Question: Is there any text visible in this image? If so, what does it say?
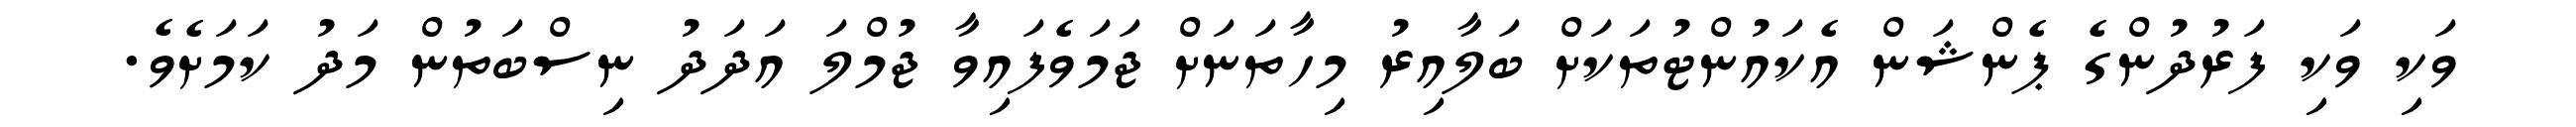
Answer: ވަކި ވަކި ފަރުދުންގެ ޕެންޝަން އެކައުންޓުތަކަށް ބަލާއިރު މިހާތަނަށް ޖަމަވެފައިވާ ޖުމްލަ އަދަދު ނިސްބަތުން މަދު ކަމަށެވެ.